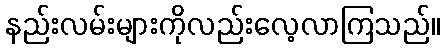
နည်းလမ်းများကိုလည်းလေ့လာကြသည်။